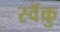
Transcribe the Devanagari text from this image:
स्वॅक्रु